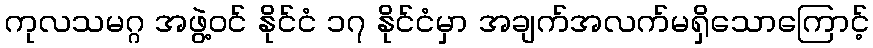
ကုလသမဂ္ဂ အဖွဲ့ဝင် နိုင်ငံ ၁၇ နိုင်ငံမှာ အချက်အလက်မရှိသောကြောင့်